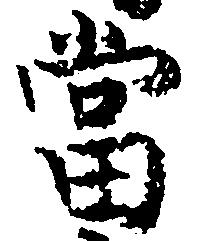
当